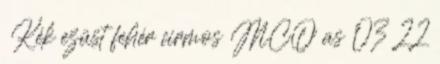
♀ Kék ezüst fehér cirmos MCO as 03 22